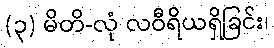
(၃) မိတိ-လုံ လဝီရိယရှိခြင်း၊